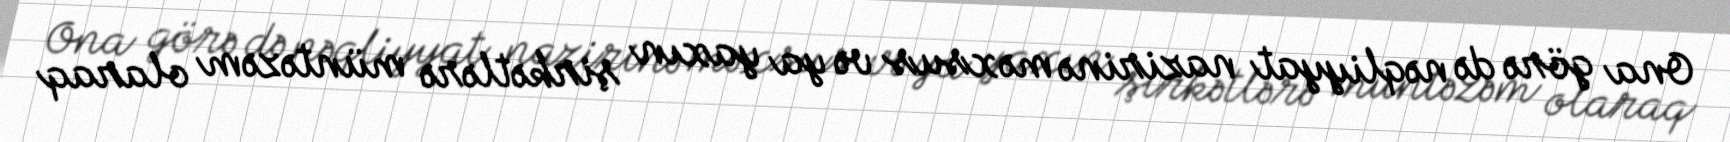
Ona görə də nəqliyyat nazirinə məxsus və ya yaxın şirkətlərə müntəzəm olaraq